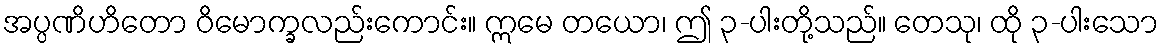
အပ္ပဏိဟိတော ဝိမောက္ခလည်းကောင်း။ ဣမေ တယော၊ ဤ ၃-ပါးတို့သည်။ တေသု၊ ထို ၃-ပါးသော